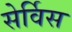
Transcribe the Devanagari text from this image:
सेर्विस